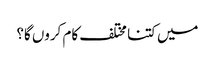
میں کتنا مختلف کام کروں گا؟